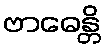
ဗာဓေန္တိ